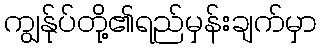
ကျွန်ုပ်တို့၏ရည်မှန်းချက်မှာ